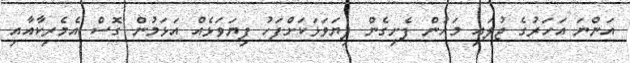
އަންނަ އަހަރުގެ ޖުލައި މަހުން ފެށިގެން ފިޔަވަޅަކަށްފަހު ފިޔަވަޅެއް އަޅަމުން ގޮސް އެމެރިކާއާއި